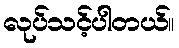
လုပ်သင့်ပါတယ်။